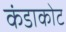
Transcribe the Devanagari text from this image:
कंडाकोट